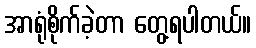
အာရုံစိုက်ခဲ့တာ တွေ့ရပါတယ်။